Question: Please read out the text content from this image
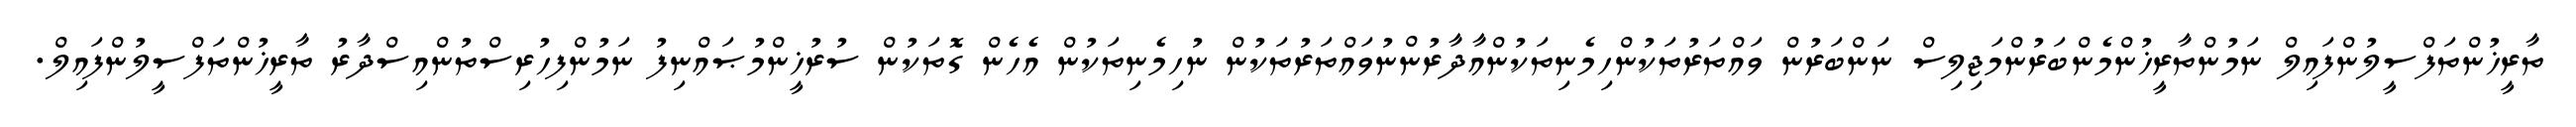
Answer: ތާރީޚުންތަފްސީލުންފައިލް ނަމުންތާރީޚުންމެންބަރުންމަޖިލިސް ނަންބަރުން ވައްތަރުތަކުންހިމެނިތަކުންއާދާރުންނުވައްތަރުތަކުން ނުހިމެނިތަކުން އެހެން ގޮތަކުން ސުރުޚީންމުޞައްނިފު ނަމުންފިހުރިސްތުންއިސްދާރު ތާރީޚުންތަފްސީލުންފައިލް.